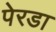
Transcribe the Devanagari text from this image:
पेरडा